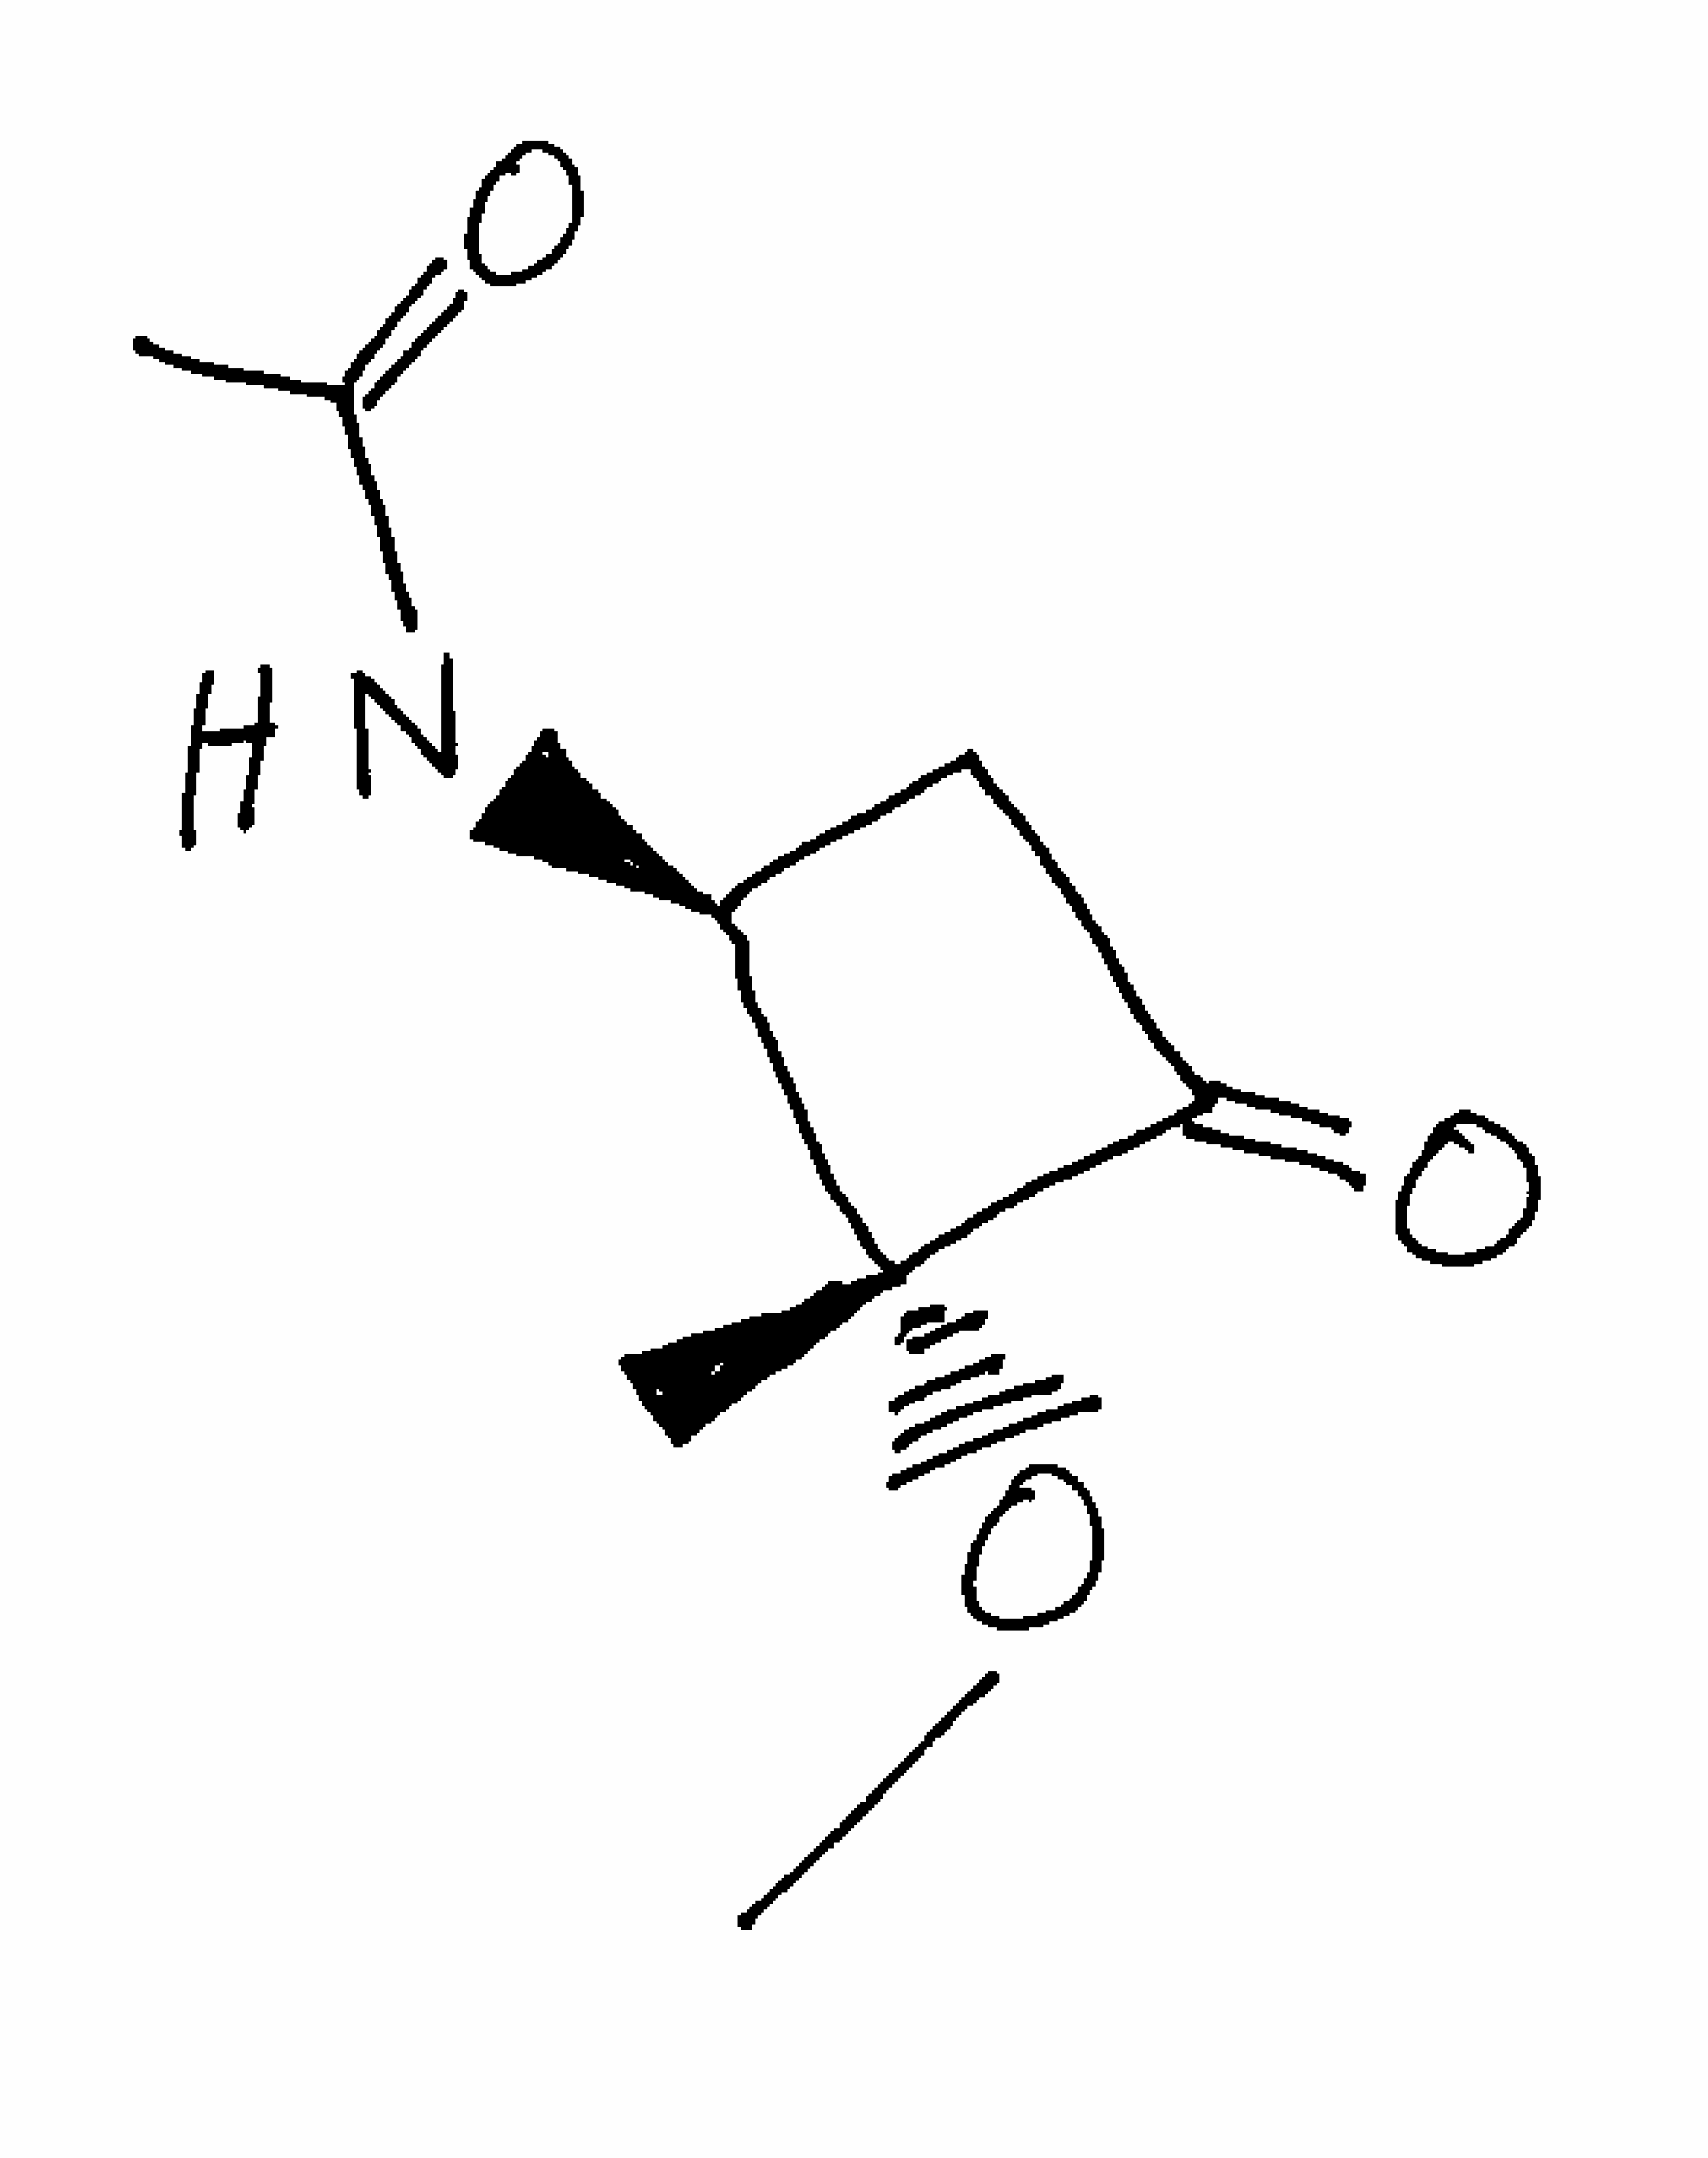
Simplified molecular-input line-entry system (SMILES) notation of the given molecule:
CC(=O)N[C@H]1CC(=O)[C@]1(C)OC